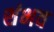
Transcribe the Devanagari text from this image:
शंभव